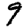
Digit: 9